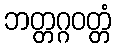
ဘတ္တဂ္ဂဝတ္တံ